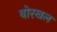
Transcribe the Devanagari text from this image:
बोरखल